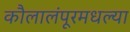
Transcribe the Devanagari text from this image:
कौलालंपूरमधल्या